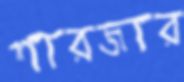
শারজার